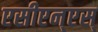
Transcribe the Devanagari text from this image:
एसीएन्एस्